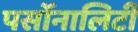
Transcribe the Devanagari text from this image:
पर्सोनालिटी